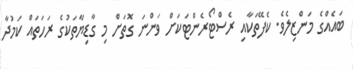
ބައެއްގެ މަންޒިލެވެ. ކެފޭތަކާއި ރެސްޓޯރެންޓަކަށް ވަންނަ ގޮތަށް މި ގާޑިޔާތަކުގެ ރަހަތައް ކަމުދާ